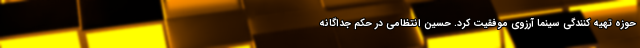
حوزه تهیه کنندگی سینما آرزوی موفقیت کرد. حسین انتظامی در حکم جداگانه